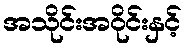
အသိုင်းအဝိုင်းနှင့်